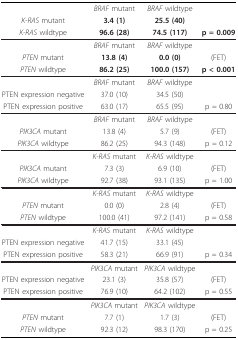
<table><thead><tr><td></td><td><b><i>BRAF </i>mutant</b></td><td><b><i>BRAF </i>wildtype</b></td><td></td></tr><tr><td><b><i>K-RAS </i>mutant</b></td><td><b>3.4 (1)</b></td><td><b>25.5 (40)</b></td><td></td></tr><tr><td><b><i>K-RAS </i>wildtype</b></td><td><b>96.6 (28)</b></td><td><b>74.5 (117)</b></td><td><b>p = 0.009</b></td></tr></thead><tbody><tr><td></td><td><i>BRAF </i>mutant</td><td><i>BRAF </i>wildtype</td><td></td></tr><tr><td><i>PTEN </i>mutant</td><td><b>13.8 (4)</b></td><td><b>0.0 (0)</b></td><td>(FET)</td></tr><tr><td><i>PTEN </i>wildtype</td><td><b>86.2 (25)</b></td><td><b>100.0 (157)</b></td><td><b>p &lt; 0.001</b></td></tr><tr><td></td><td><i>BRAF </i>mutant</td><td><i>BRAF </i>wildtype</td><td></td></tr><tr><td>PTEN expression negative</td><td>37.0 (10)</td><td>34.5 (50)</td><td></td></tr><tr><td>PTEN expression positive</td><td>63.0 (17)</td><td>65.5 (95)</td><td>p = 0.80</td></tr><tr><td></td><td><i>BRAF </i>mutant</td><td><i>BRAF </i>wildtype</td><td></td></tr><tr><td><i>PIK3CA </i>mutant</td><td>13.8 (4)</td><td>5.7 (9)</td><td>(FET)</td></tr><tr><td><i>PIK3CA </i>wildtype</td><td>86.2 (25)</td><td>94.3 (148)</td><td>p = 0.12</td></tr><tr><td></td><td><i>K-RAS </i>mutant</td><td><i>K-RAS </i>wildtype</td><td></td></tr><tr><td><i>PIK3CA </i>mutant</td><td>7.3 (3)</td><td>6.9 (10)</td><td>(FET)</td></tr><tr><td><i>PIK3CA </i>wildtype</td><td>92.7 (38)</td><td>93.1 (135)</td><td>p = 1.00</td></tr><tr><td></td><td><i>K-RAS </i>mutant</td><td><i>K-RAS </i>wildtype</td><td></td></tr><tr><td><i>PTEN </i>mutant</td><td>0.0 (0)</td><td>2.8 (4)</td><td>(FET)</td></tr><tr><td><i>PTEN </i>wildtype</td><td>100.0 (41)</td><td>97.2 (141)</td><td>p = 0.58</td></tr><tr><td></td><td><i>K-RAS </i>mutant</td><td><i>K-RAS </i>wildtype</td><td></td></tr><tr><td>PTEN expression negative</td><td>41.7 (15)</td><td>33.1 (45)</td><td></td></tr><tr><td>PTEN expression positive</td><td>58.3 (21)</td><td>66.9 (91)</td><td>p = 0.34</td></tr><tr><td></td><td><i>PIK3CA </i>mutant</td><td><i>PIK3CA </i>wildtype</td><td></td></tr><tr><td>PTEN expression negative</td><td>23.1 (3)</td><td>35.8 (57)</td><td>(FET)</td></tr><tr><td>PTEN expression positive</td><td>76.9 (10)</td><td>64.2 (102)</td><td>p = 0.55</td></tr><tr><td></td><td><i>PIK3CA </i>mutant</td><td><i>PIK3CA </i>wildtype</td><td></td></tr><tr><td><i>PTEN </i>mutant</td><td>7.7 (1)</td><td>1.7 (3)</td><td>(FET)</td></tr><tr><td><i>PTEN </i>wildtype</td><td>92.3 (12)</td><td>98.3 (170)</td><td>p = 0.25</td></tr></tbody></table>